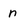
Character: n